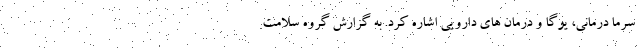
سرما درمانی، یوگا و درمان های دارویی اشاره کرد. به گزارش گروه سلامت